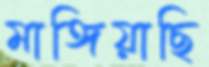
মাঙ্গিয়াছি